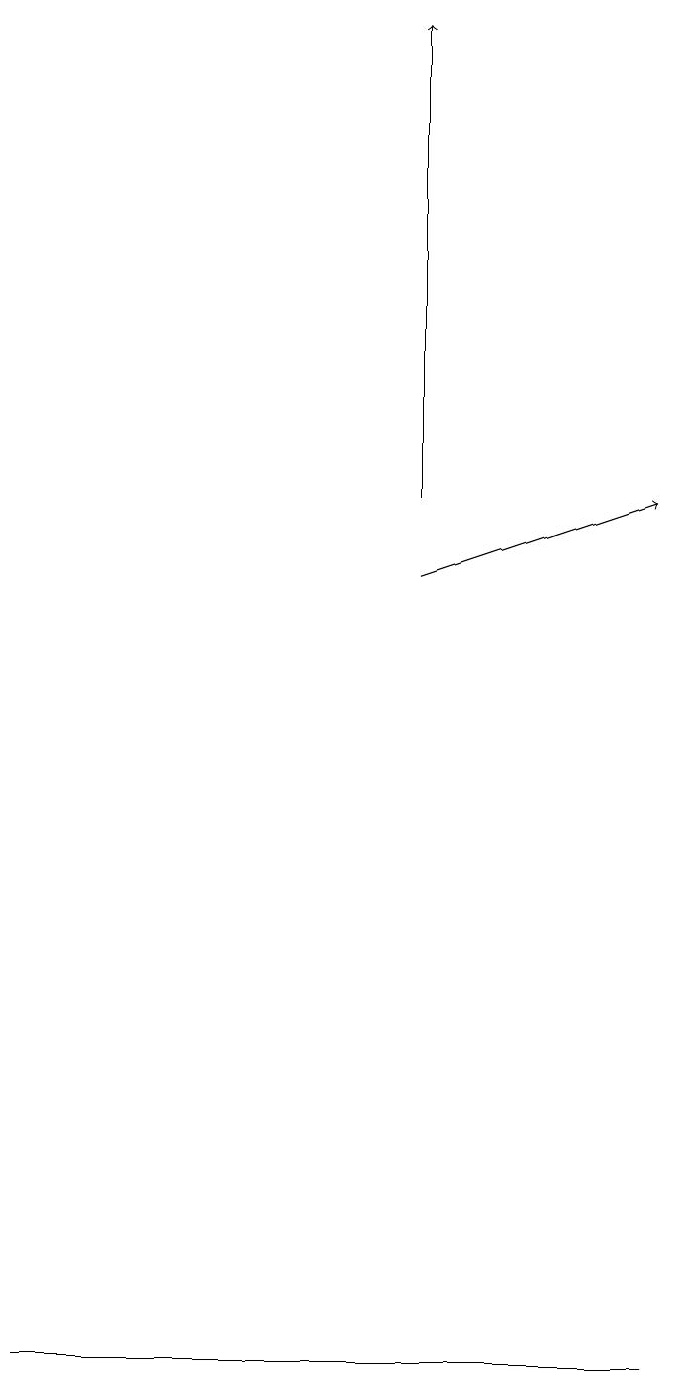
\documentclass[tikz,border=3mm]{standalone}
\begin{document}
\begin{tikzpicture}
\draw[->] (6,11) -- (6,17);
\draw (9,0) -- (1,0) -- (2,0) -- cycle;
\draw[->] (6,10) -- (9,11);
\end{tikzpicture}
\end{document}